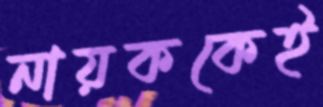
নায়ককেই